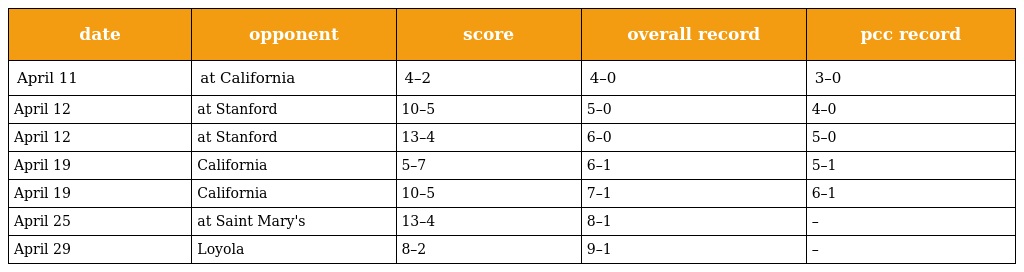
| date | opponent | score | overall record | pcc record |
 | --- | --- | --- | --- | --- |
 | April 11 | at California | 4–2 | 4–0 | 3–0 |
 | April 12 | at Stanford | 10–5 | 5–0 | 4–0 |
 | April 12 | at Stanford | 13–4 | 6–0 | 5–0 |
 | April 19 | California | 5–7 | 6–1 | 5–1 |
 | April 19 | California | 10–5 | 7–1 | 6–1 |
 | April 25 | at Saint Mary's | 13–4 | 8–1 | – |
 | April 29 | Loyola | 8–2 | 9–1 | – |